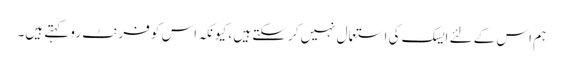
ہم اس کے لئے ایسک کی استعمال نہیں کرسکتے ہیں ، کیونکہ اس کو فرنٹ رو کہتے ہیں۔